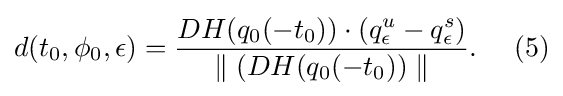
{\textstyle {d(t_{0},\phi _{0},\epsilon )={\dfrac {DH(q_{0}(-t_{0}))\cdot (q_{\epsilon }^{u}-q_{\epsilon }^{s})}{\parallel (DH(q_{0}(-t_{0}))\parallel }}.~\ ~\ {(5)}}}